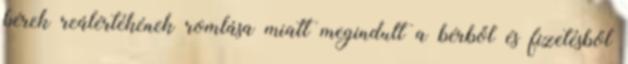
bérek reálértékének romlása miatt megindult a bérből és fizetésből